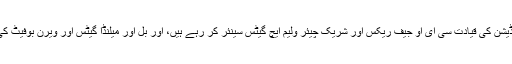
سیاٹل، واشنگٹن میں واقع فاؤنڈیشن کی قیادت سی ای او جیف ریکس اور شریک چیئر ولیم ایچ گیٹس سینئر کر رہے ہیں، اور بل اور میلنڈا گیٹس اور ویرن بوفیٹ کی زیر ہدایت کام کر رہے ہیں۔